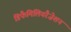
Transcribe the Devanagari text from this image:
डिफैमिलियरैज़ेशन